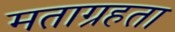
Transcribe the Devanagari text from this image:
मताग्रहता